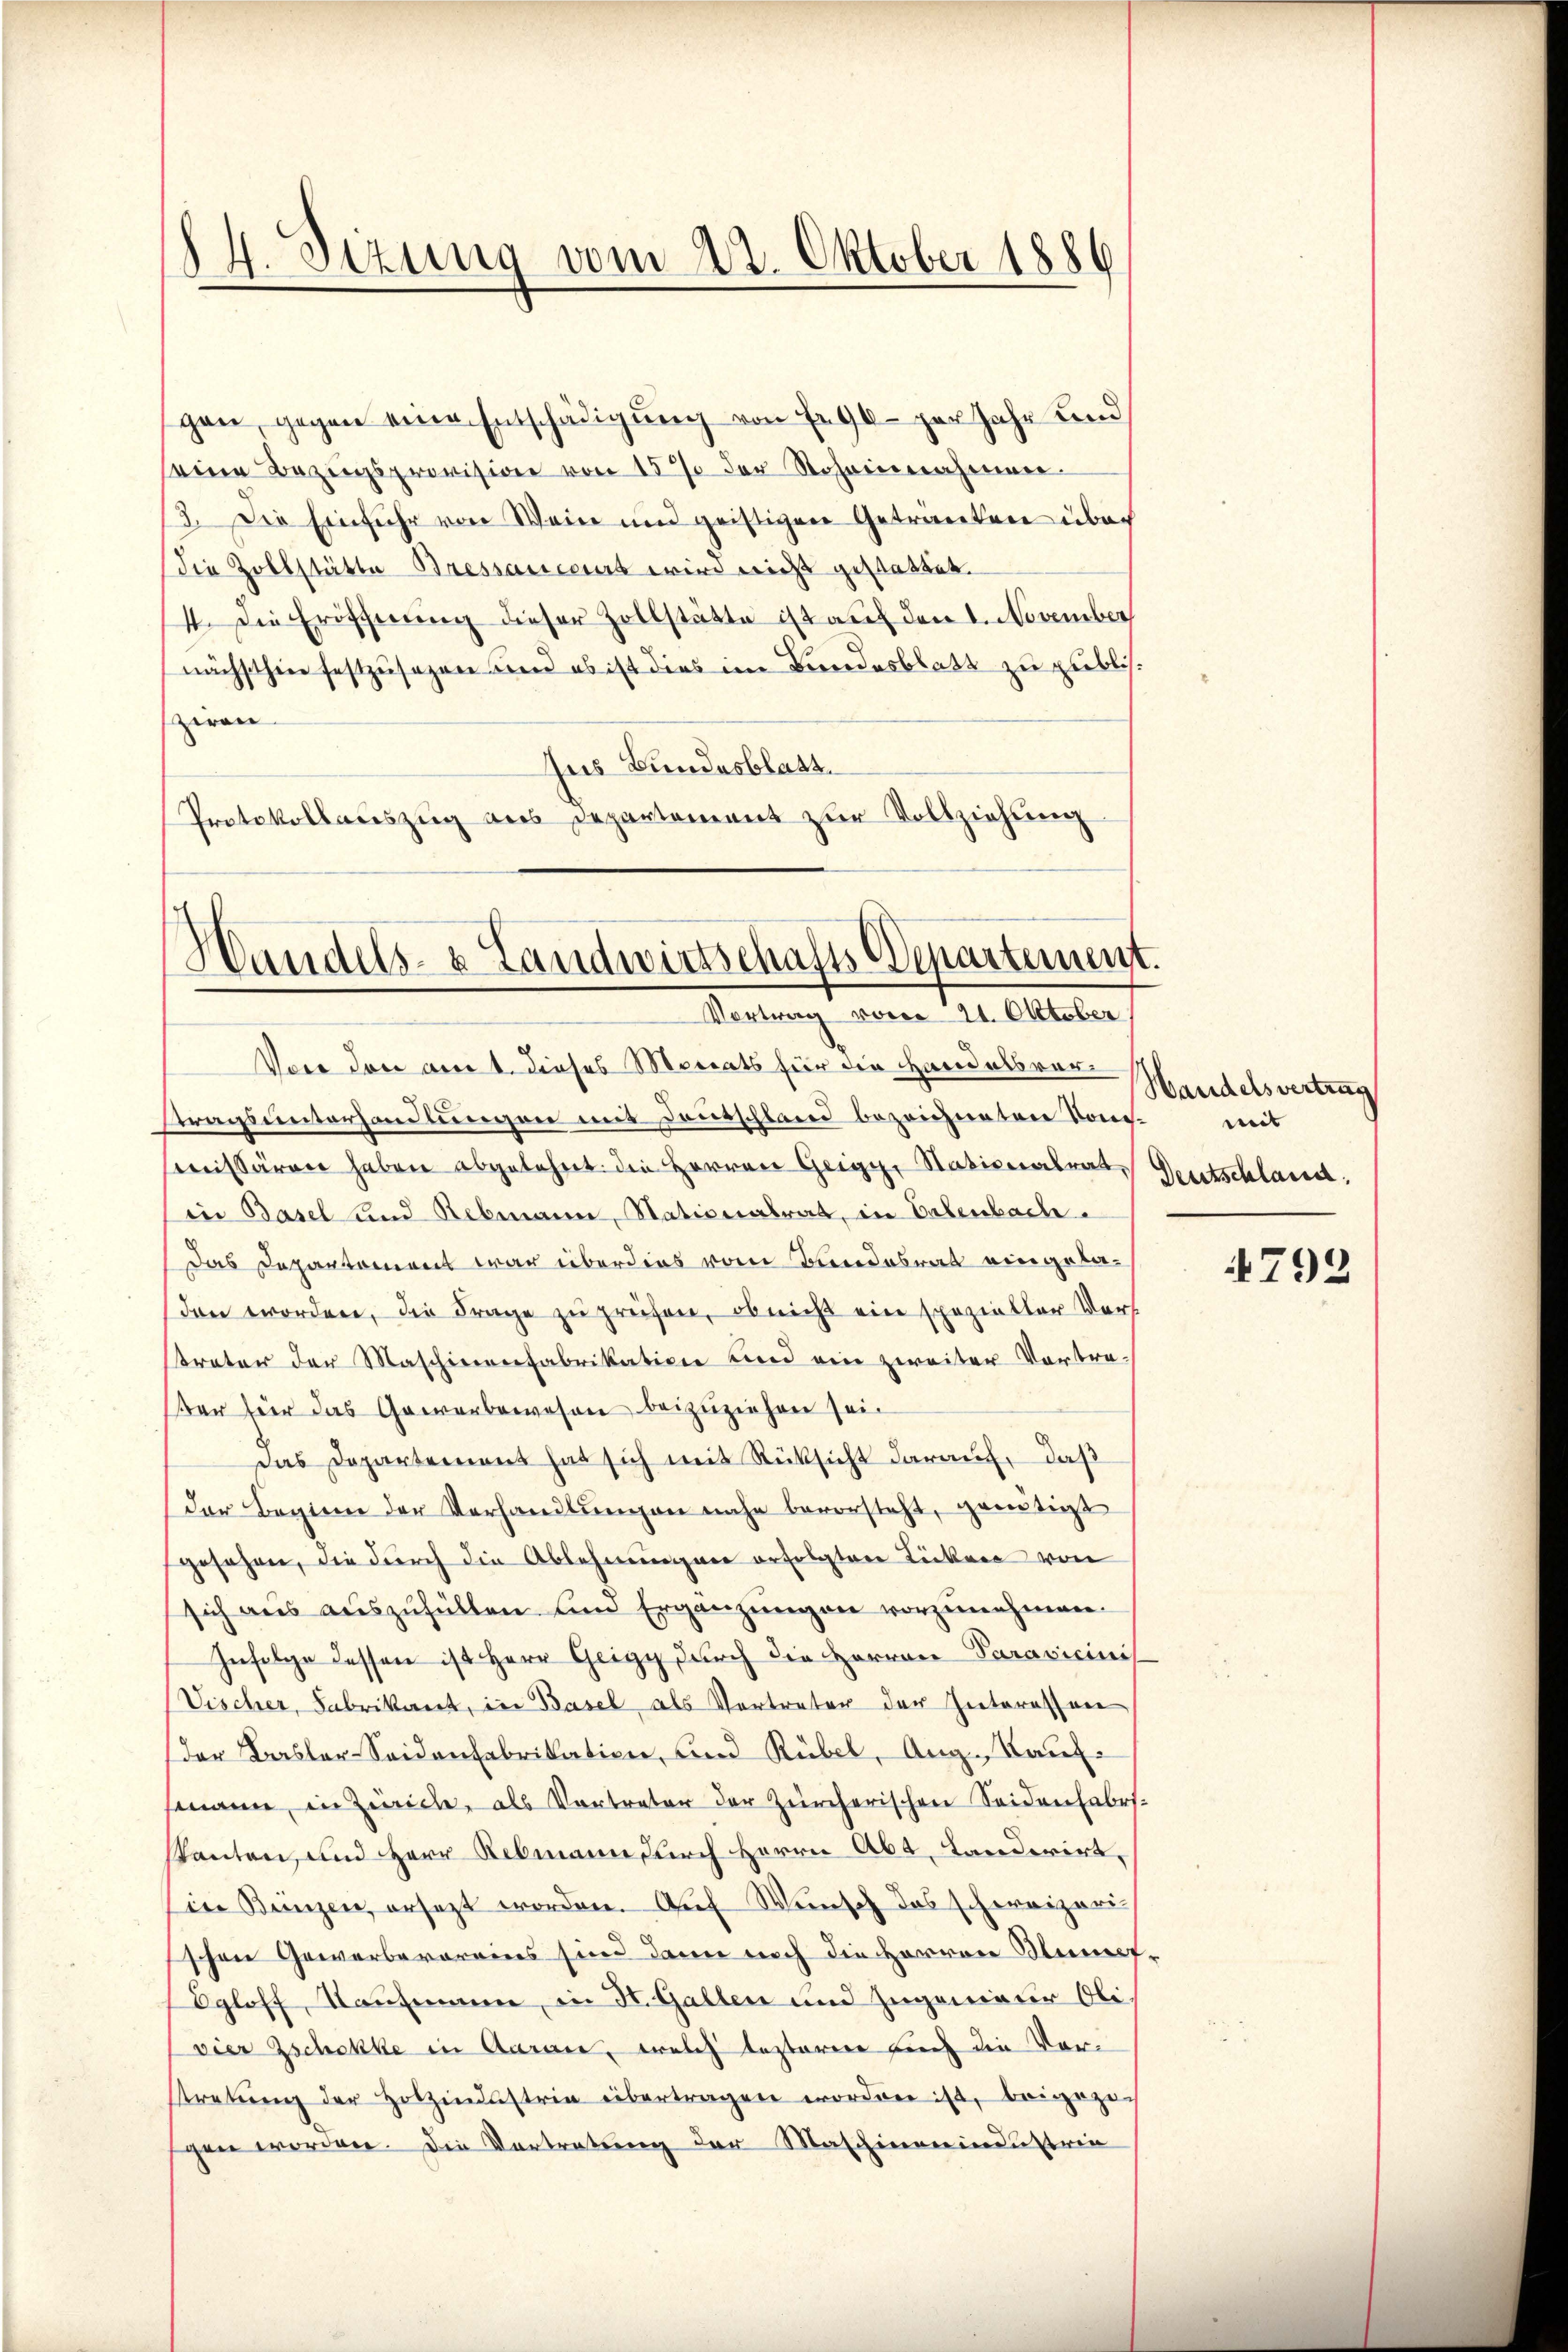
84. Sizung vom 22. Oktober 1886

gen, gegen eine Entschädigŭng von Fr. 96 per Jahr und
seine Bezugsprovision von 15% der Rohannehmer
3. Die Einfuhr von Wein und geistigen Getränken über
die Zollstätte Bressancours wird nicht gestattet.
4. Die Eröfchnung dieser Zollstätte ist auf den 1. November
nächsthin festzusehen und ob ist dies im Bundesblatt zu geblich
zwan
Aus Bundesblatt.
Protokollauszug aus Departement zur Vollziehung

Handels- & Landwirtschafts-Departement.
Vortrag vom 21. Oktober

Von den am 1. dieses Mariats für die Handelsvertragsunterhandlungen mit Deutschland bezeichneten Kons. mit
smissären haben abgelehnt. die Herren Geiger Nationalrat
in Basel und Rebmann, Stationalrat, in Valenbach.
Das Departement war überdies vom Kindesrat eingeladen worden, die Frage zu prüfen, ob nicht ein spezieller Vers
treter der Maschinenfabrikation und ein zweiter Vortraer für das Gewerbewesen beizuziehen sei.
Das Dopartement hat sich mit Rücksicht darauf, daß
der Beginn der Verhandlŭngen nahe bevorsteht, genötigt
gesehen, die durch die Ablehnungen erfolgten Licken von
sich aus auszufüllen und Ergänzungen vorzunehmen.
Infolge dessen ist Herr Geigy durch die Herren Paravicinis
Vischer, Fabrikant, in Basel, als Vertreter der Interessen
der Basler-Seidenfabrikation, und Rübel, Aug. Kauf-
mann, in Zürich, als Vertreter der Zürcherischen Seidenfabriskanton, und Herr Rebmann durch Herrn Abt. Landerirt,
in Bunzen, ersezt worden. Auf Wunsch das schweizerischon Gewerbevereins sind dann noch die Herren Stumpf¬
Egloff, Taufmann, in K. Gallen und Zugenieur Oli.
vier Zschokke in Aaran, welch lezterer auch die Vorstretŭng der Holzindustria übertragen worden ist, beigezog
gen worden. Die Vortretung der Maschinenindustrei

Handelsvertrag
Deutschland.

792